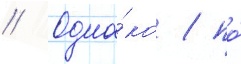
// Одна́ко / по́